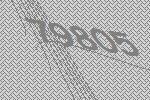
79805